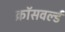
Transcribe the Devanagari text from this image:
क्रॉसवर्ल्ड